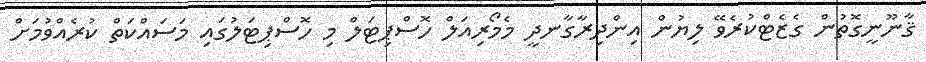
ޤާނޫނީގޮތުން ގެޒެޓްކުރެވޭ ލިޔުން އިންދިރާގާނދީ މެމޯރިއަލް ހޮސްޕިޓަލް މި ހޮސްޕިޓަލުގައި މަސައްކަތް ކުރެއްވުމަށް